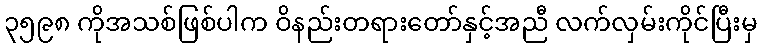
၃၅၉၈ ကိုအသစ်ဖြစ်ပါက ဝိနည်းတရားတော်နှင့်အညီ လက်လှမ်းကိုင်ပြီးမှ